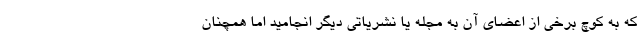
که به کوچ برخی از اعضای آن به مجله یا نشریاتی دیگر انجامید اما همچنان